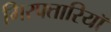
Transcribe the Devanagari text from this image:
गिरफ्तारियॉ